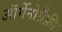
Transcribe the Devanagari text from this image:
ऑर्गेनोग्रैफ़ी